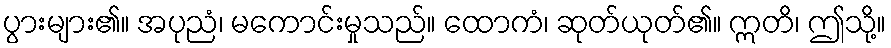
ပွားများ၏။ အပုညံ၊ မကောင်းမှုသည်။ ထောကံ၊ ဆုတ်ယုတ်၏။ ဣတိ၊ ဤသို့။